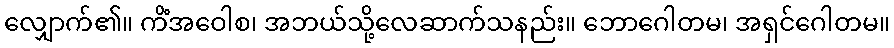
လျှောက်၏။ ကိံအဝေါစ၊ အဘယ်သို့လေဆာက်သနည်း။ ဘောဂေါတမ၊ အရှင်ဂေါတမ။